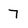
Character: 7